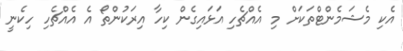
އެކި މެޝަމެންޓްތަކަށް މި އެއްޗެހި އަޅައިގެން ކިހާ އިރަކުންތޯ އެ އެއްޗެހި ހިކެނީ